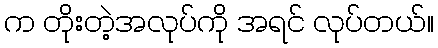
က တိုးတဲ့အလုပ်ကို အရင် လုပ်တယ်။